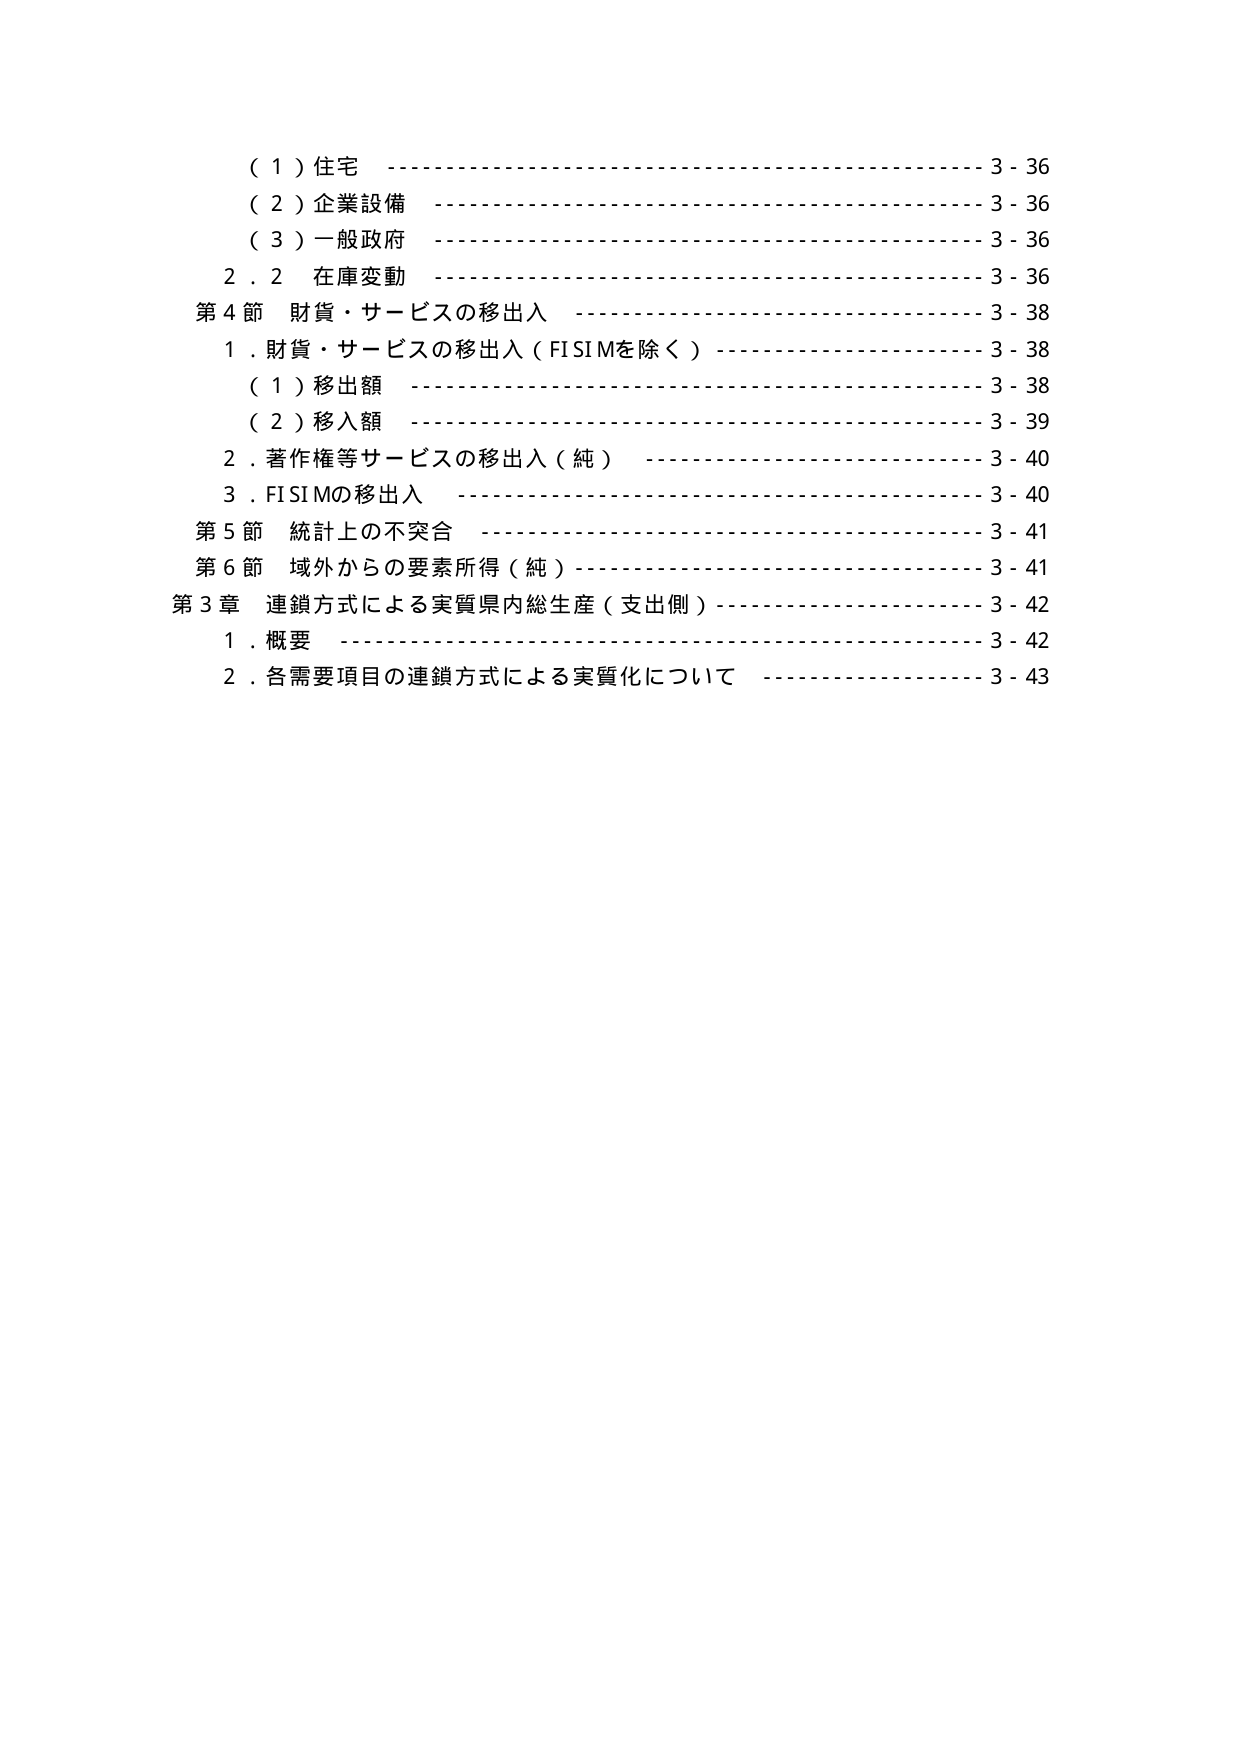
（１）住宅 3 - 36
（２）企業設備 3 - 36
（３）一般政府 3 - 36
２．２ 在庫変動 3 - 36
第４節 財貨・サービスの移出入 3 - 38
１．財貨・サービスの移出入（FISIMを除く） 3 - 38
（１）移出額 3 - 38
（２）移入額 3 - 39
２．著作権等サービスの移出入（純） 3 - 40
３．FISIMの移出入 3 - 40
第５節 統計上の不突合 3 - 41
第６節 域外からの要素所得（純） 3 - 41
第３章 連鎖方式による実質県内総生産（支出側） 3 - 42
１．概要 3 - 42
２．各需要項目の連鎖方式による実質化について 3 - 43